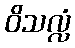
ဝိသလ္လံ